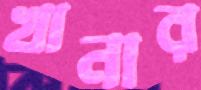
খানার